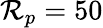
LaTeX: \mathcal{R}_{p}=50